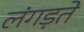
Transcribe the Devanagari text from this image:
लंगड़ते